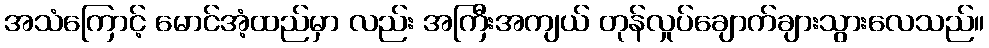
အသံကြောင့် မောင်အံ့ထည်မှာ လည်း အကြီးအကျယ် တုန်လှုပ်ချောက်ချားသွားလေသည်။